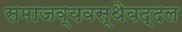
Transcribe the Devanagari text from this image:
समाजव्यवस्थेबद्दल